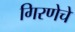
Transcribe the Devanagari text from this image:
गिरणेचे